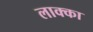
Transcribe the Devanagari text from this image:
लाक्का